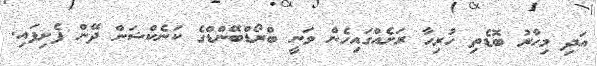
އަދި މިހާރު ބޮޑެތި ހުރިހާ ރަށެއްގައިހެން ވަނީ ބްރޯޑްބޭންޑްގެ ކަނެކްޝަން ދޭން ފެށިފައި.